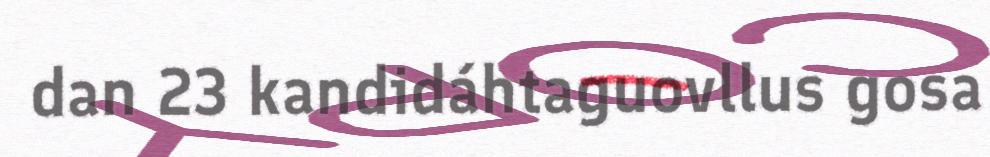
dan 23 kandidáhtaguovllus gosa